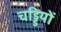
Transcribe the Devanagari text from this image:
चड्डियों